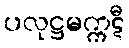
ပလုဋ္ဌမက္ကဋီ